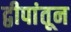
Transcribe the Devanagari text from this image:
द्वीपांतून